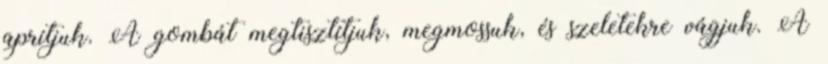
aprítjuk. A gombát megtisztítjuk, megmossuk, és szeletekre vágjuk. A